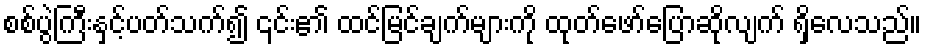
စစ်ပွဲကြီးနှင့်ပတ်သက်၍ ၎င်း၏ ထင်မြင်ချက်များကို ထုတ်ဖော်ပြောဆိုလျက် ရှိလေသည်။